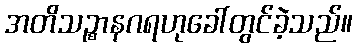
အတိသဉ္စာနဂရဟုခေါ်တွင်ခဲ့သည်။